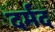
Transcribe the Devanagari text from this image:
दर्मद